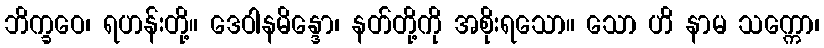
ဘိက္ခဝေ၊ ရဟန်းတို့။ ဒေဝါနမိန္ဒော၊ နတ်တို့ကို အစိုးရသော။ သော ဟိ နာမ သက္ကော၊